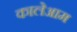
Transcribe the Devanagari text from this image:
कालेआम